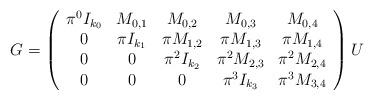
LaTeX: \begin{align*}G=\left(\begin{array}{ccccc}\pi^0I_{k_0} & M_{0,1} & M_{0,2} & M_{0,3} & M_{0,4}\cr0 & \pi I_{k_1} & \pi M_{1,2} & \pi M_{1,3} & \pi M_{1,4}\cr0 & 0 & \pi^2 I_{k_2} & \pi^2 M_{2,3} & \pi^2 M_{2,4}\cr0 & 0 & 0 & \pi^3 I_{k_3} & \pi^3 M_{3,4} \end{array}\right)U\end{align*}